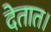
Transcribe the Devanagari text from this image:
देतात।